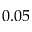
0 . 0 5